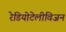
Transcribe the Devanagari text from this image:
रेडियोटेलीविजन